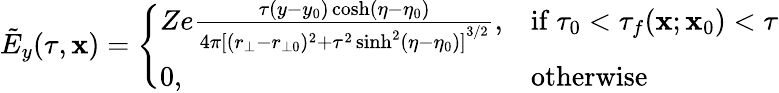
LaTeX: \tilde{E}_{y}(\tau,\mathbf{x})=\left\{ \begin{array}{ll}{Ze\frac{\tau(y-y_{0})\cosh(\eta-\eta_{0})}{4\pi{[(r_{\bot}-r_{\bot 0})^{2}+\tau^{2}\sinh^{2}(\eta-\eta_{0})]}^{3/2}},}&{\mathrm{if~}\tau_{0}<\tau_{f}(\mathbf{x};\mathbf{x}_{0})<\tau}\\ {0,}&{\mathrm{otherwise}}\end{array}\right.